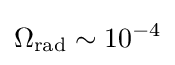
\Omega _{\text{rad}}\sim 10^{-4}